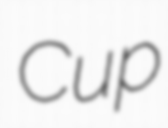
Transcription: Cup